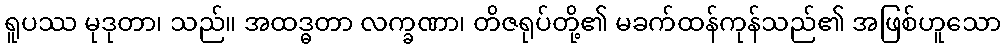
ရူပဿ မုဒုတာ၊ သည်။ အထဒ္ဓတာ လက္ခဏာ၊ တိဇရုပ်တို့၏ မခက်ထန်ကုန်သည်၏ အဖြစ်ဟူသော